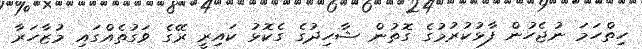
ހިތްހަމަ ނުޖެހުން ފާޅުކުރުމުގެ ގޮތުން ޝާހިދުގެ ގެކޮޅު ކައިރީ ރޭގެ ވަގުތެއްގައި މުޒާހަރާ